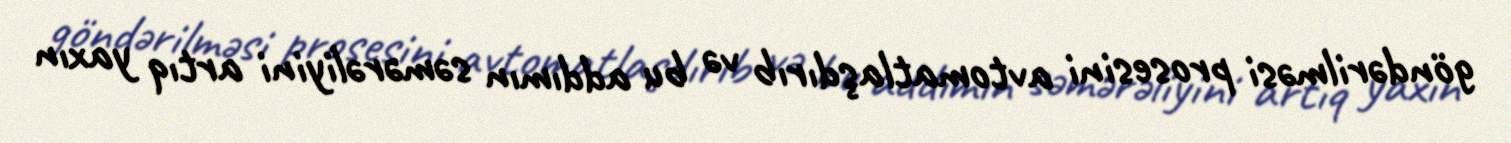
göndərilməsi prosesini avtomatlaşdırıb və bu addımın səmərəliyini artıq yaxın